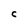
Character: C